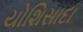
યોશિસાદા